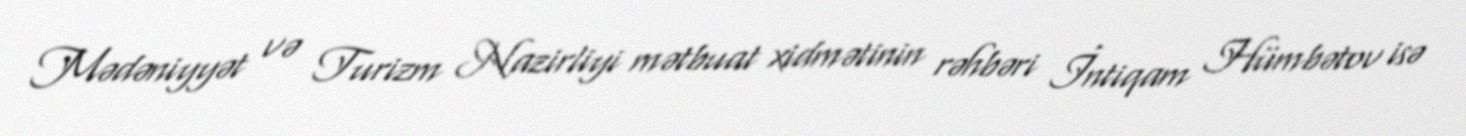
Mədəniyyət və Turizm Nazirliyi mətbuat xidmətinin rəhbəri İntiqam Hümbətov isə